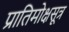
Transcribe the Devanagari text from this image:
प्रातिमोक्षसूत्र